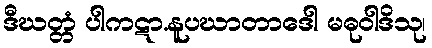
ဒီဃတ္တံ ပါကဋာ.နူပဃာတာဒေါ မဓုဝါဒိသု၊